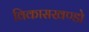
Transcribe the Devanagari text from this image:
विकासखण्डो